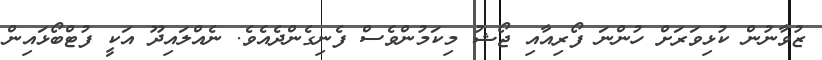
ޒުވާނުން ކުޅިވަރަށް ހުންނަ ފޯރިއާއި ޖޯޝު މިކަމުންވެސް ފެނިގެންދެއެވެ. ނެއްލައިދޫ އަކީ ފުޓްބޯޅައިން